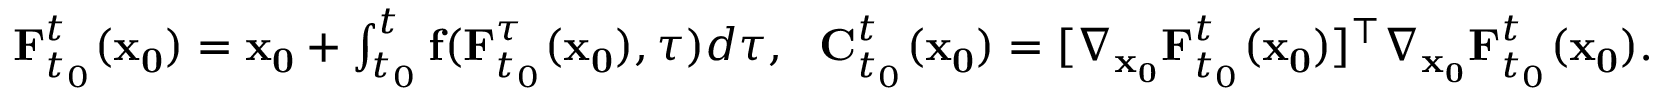
\begin{array} { r } { \mathbf { F } _ { t _ { 0 } } ^ { t } ( \mathbf { x _ { 0 } } ) = \mathbf { x _ { 0 } } + \int _ { t _ { 0 } } ^ { t } \mathbf { f } ( \mathbf { F } _ { t _ { 0 } } ^ { \tau } ( \mathbf { x _ { 0 } } ) , \tau ) d \tau , \ \ \mathbf { C } _ { t _ { 0 } } ^ { t } ( \mathbf { x _ { 0 } } ) = [ \nabla _ { \mathbf { x _ { 0 } } } \mathbf { F } _ { t _ { 0 } } ^ { t } ( \mathbf { x _ { 0 } } ) ] ^ { \top } \nabla _ { \mathbf { x _ { 0 } } } \mathbf { F } _ { t _ { 0 } } ^ { t } ( \mathbf { x _ { 0 } } ) . } \end{array}